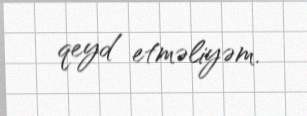
qeyd etməliyəm.